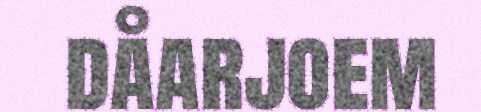
dåarjoem